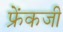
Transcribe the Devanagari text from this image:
फ्रेंकजी